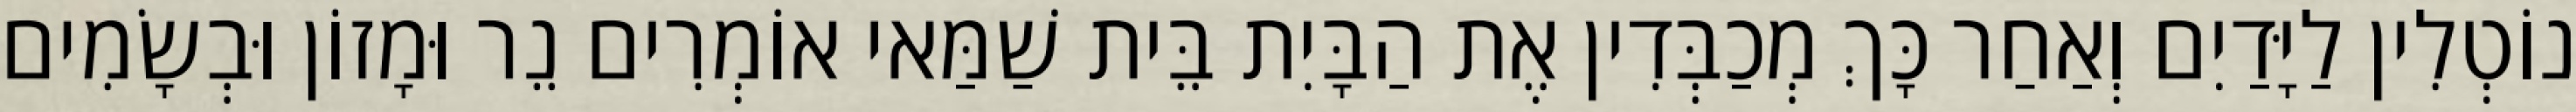
נוֹטְלִין לַיָּדַיִם וְאַחַר כָּךְ מְכַבְּדִין אֶת הַבָּיִת בֵּית שַׁמַּאי אוֹמְרִים נֵר וּמָזוֹן וּבְשָׂמִים